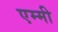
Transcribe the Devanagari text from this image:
एम्‍मी